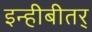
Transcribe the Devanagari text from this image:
इन्हीबीतर्